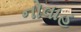
નોવાહ